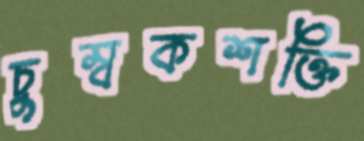
চুম্বকশক্তি